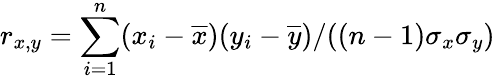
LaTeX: r_{x,y}=\sum_{i=1}^{n}(x_{i}-\overline{{x}})(y_{i}-\overline{{y}})/((n-1)\sigma_{x}\sigma_{y})